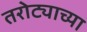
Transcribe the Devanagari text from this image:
तरोट्याच्या